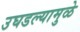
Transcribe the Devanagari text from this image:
उघडल्यामुळे